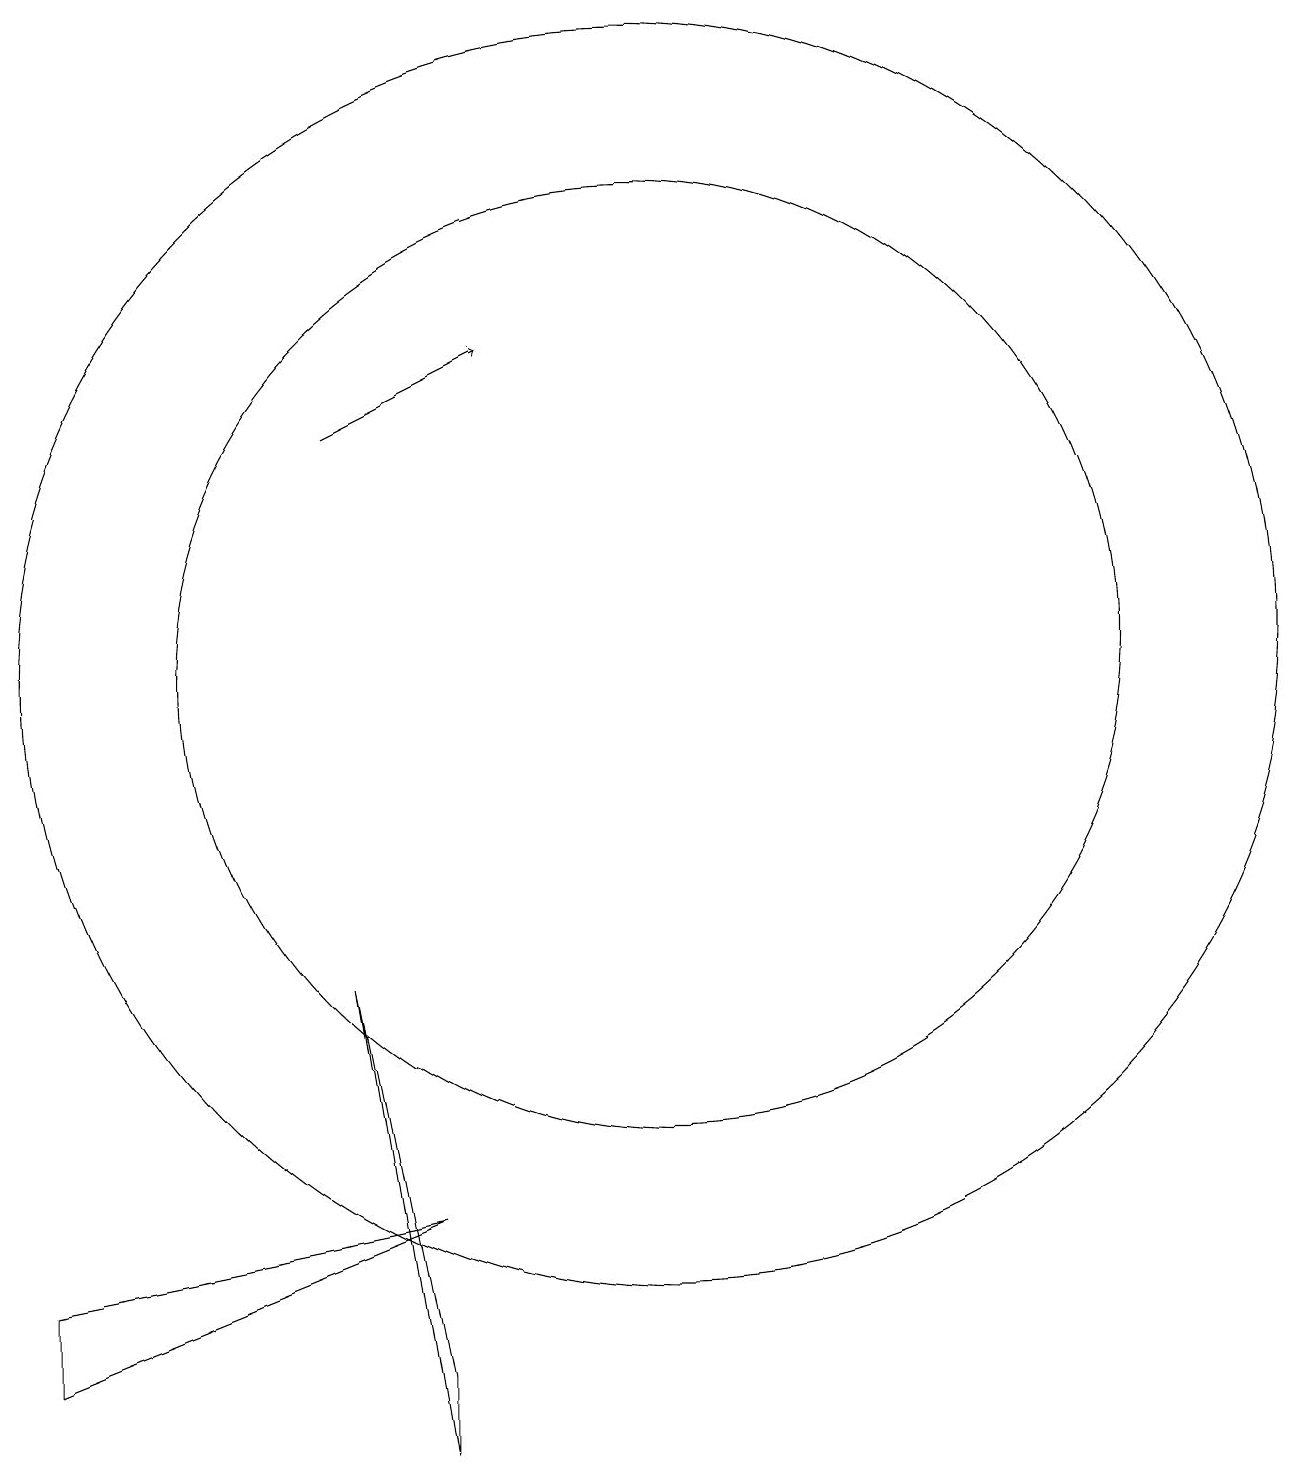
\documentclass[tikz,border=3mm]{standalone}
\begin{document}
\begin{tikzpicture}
\draw (2,2) -- (2,1) -- (7,3) -- cycle;
\draw[->] (6,13) -- (8,14);
\draw (10,10) circle (6);
\draw (10,10) circle (8);
\draw (6,6) -- (7,0) -- (7,1) -- cycle;
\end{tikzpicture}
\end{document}